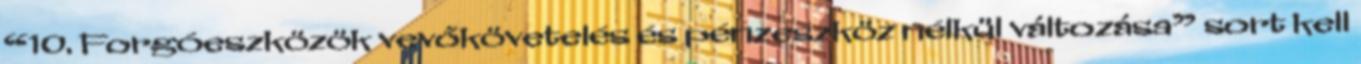
“10. Forgóeszközök vevőkövetelés és pénzeszköz nélkül változása” sort kell